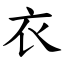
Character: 衣